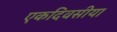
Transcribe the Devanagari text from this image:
एकदिवसीया